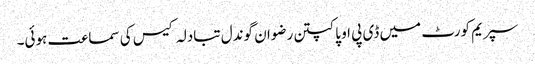
سپریم کورٹ میں ڈی پی او پاکپتن رضوان گوندل تبادلہ کیس کی سماعت ہوئی۔